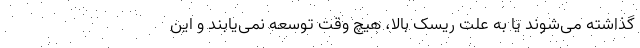
گذاشته می‌شوند یا به علت ریسک بالا، هیچ وقت توسعه نمی‌یابند و این